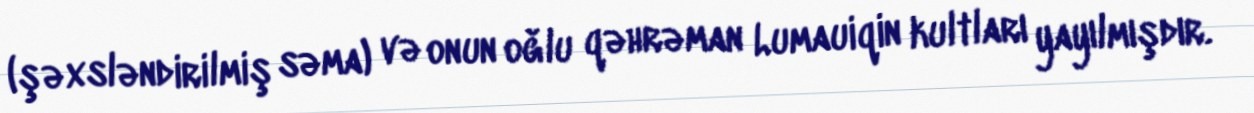
(şəxsləndirilmiş səma) və onun oğlu qəhrəman Lumauiqin kultları yayılmışdır.